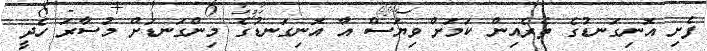
ފެށި އޮނިގަނޑުގެ ތެރެއިން ކަމަށް ވިޔަސް އާ އޮނިގަނޑުގެ މިންގަނޑަށް މުސާރަ ހެދީ